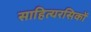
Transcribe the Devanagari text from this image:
साहित्यरसिकों